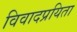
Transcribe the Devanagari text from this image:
विवादप्रयिता